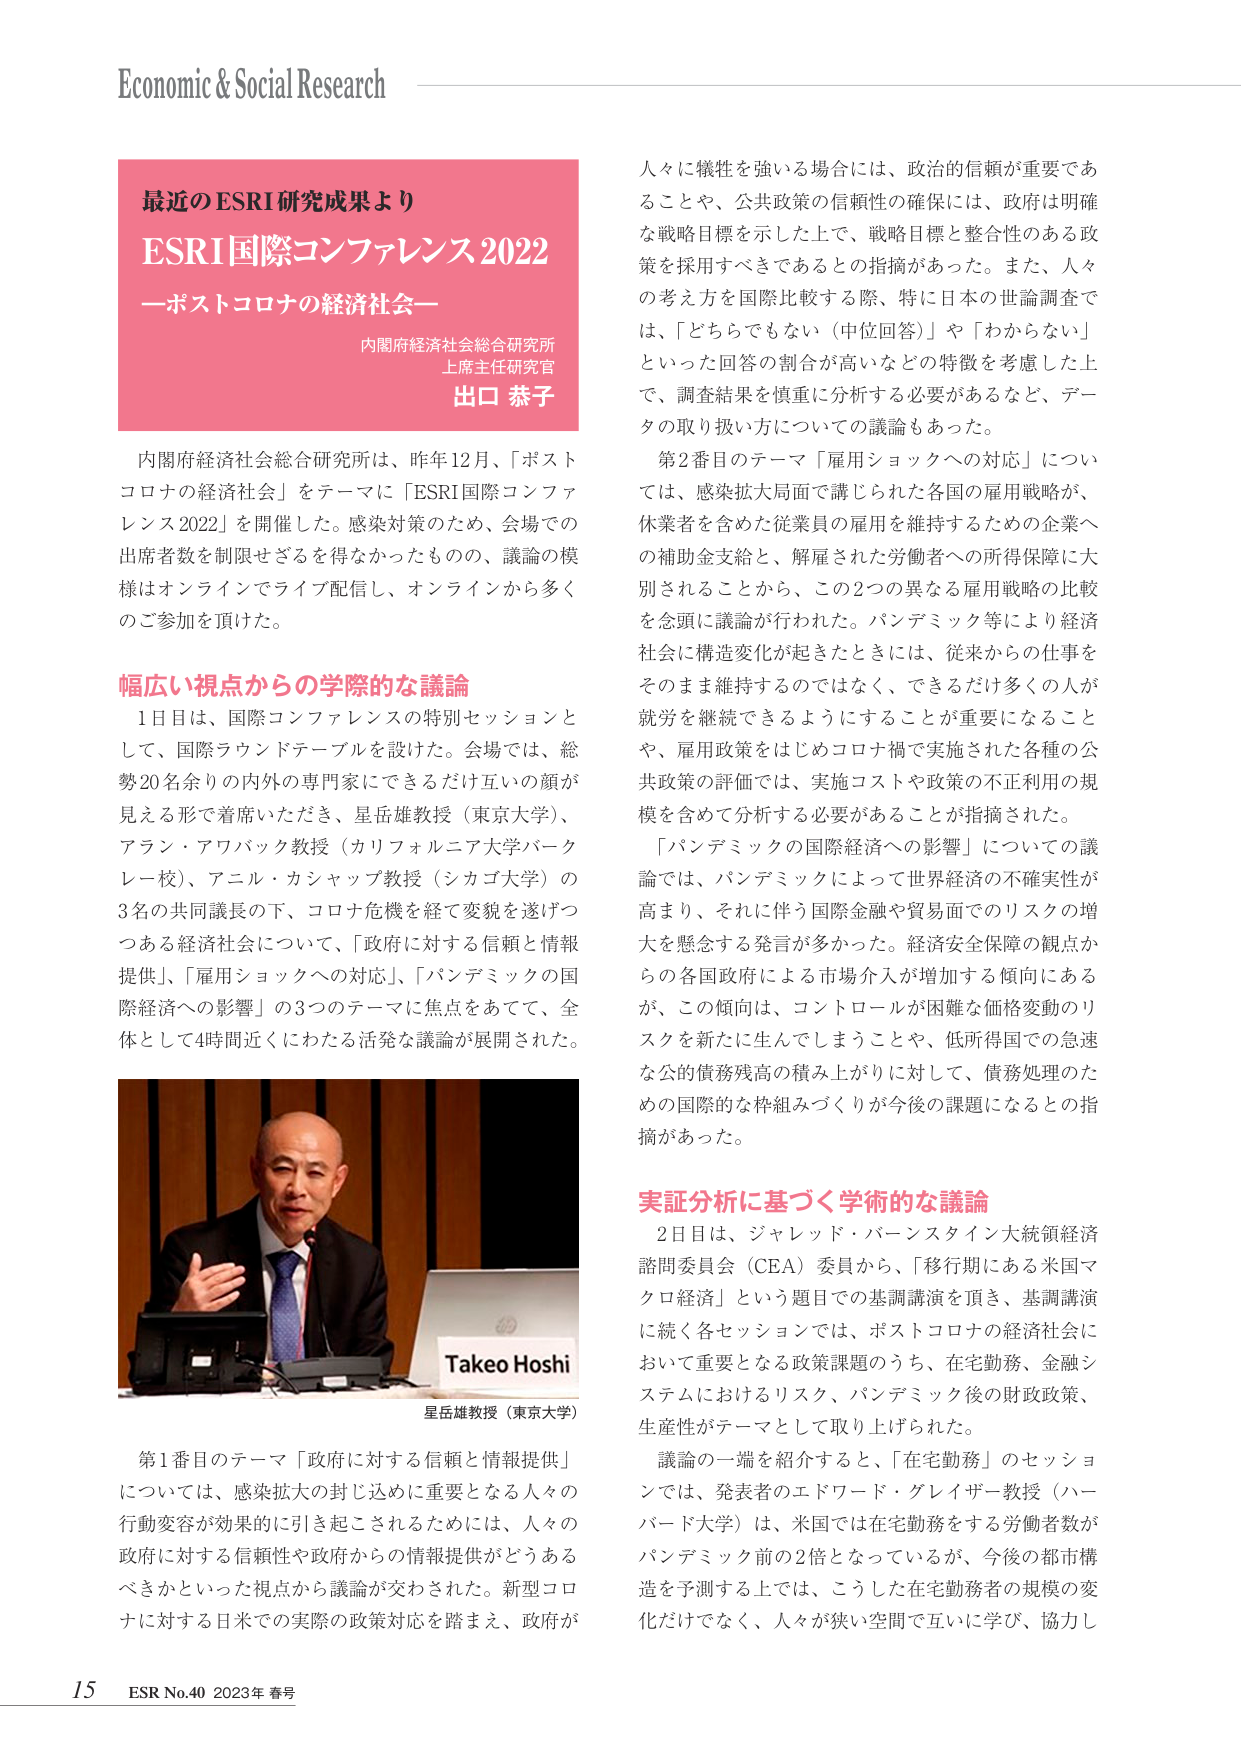
Economic & Social Research

最近のESRI研究成果より
ESRI国際コンファレンス2022
—ポストコロナの経済社会—

内閣府経済社会総合研究所
上席主任研究官
出口 恭子

内閣府経済社会総合研究所は、昨年12月、「ポストコロナの経済社会」をテーマに「ESRI国際コンファレンス2022」を開催した。感染対策のため、会場での出席者数を制限せざるを得なかったものの、議論の模様はオンラインでライブ配信し、オンラインから多くのご参加を頂けた。

幅広い視点からの学際的な議論

1日目は、国際コンファレンスの特別セッションとして、国際ラウンドテーブルを設けた。会場では、総勢20名余りの内外の専門家にできるだけ互いの顔が見える形で着席いただき、星岳雄教授（東京大学）、アラン・アワバック教授（カリフォルニア大学バークレー校）、アニル・カシャップ教授（シカゴ大学）の3名の共同議長の下、コロナ危機を経て変貌を遂げつつある経済社会について、「政府に対する信頼と情報提供」、「雇用ショックへの対応」、「パンデミックの国際経済への影響」の3つのテーマに焦点をあてて、全体として4時間近くにわたる活発な議論が展開された。

Takeo Hoshi
星岳雄教授（東京大学）

第1番目のテーマ「政府に対する信頼と情報提供」については、感染拡大の封じ込めに重要となる人々の行動変容が効果的に引き起こされるためには、人々の政府に対する信頼性や政府からの情報提供がどうあるべきかといった視点から議論が交わされた。新型コロナに対する日米での実際の政策対応を踏まえ、政府が

人々に犠牲を強いる場合には、政治的信頼が重要であることや、公共政策の信頼性の確保には、政府は明確な戦略目標を示した上で、戦略目標と整合性のある政策を採用すべきであるとの指摘があった。また、人々の考え方を国際比較する際、特に日本の世論調査では、「どちらでもない（中立回答）」や「わからない」といった回答の割合が高いなどの特徴を考慮した上で、調査結果を慎重に分析する必要があるなど、データの取り扱い方についての議論もあった。

第2番目のテーマ「雇用ショックへの対応」については、感染拡大局面で講じられた各国の雇用戦略が、休業者を含めた従業員の雇用を維持するための企業への補助金支給と、解雇された労働者への所得保障に大別されることから、この2つの異なる雇用戦略の比較を念頭に議論が行われた。パンデミック等により経済社会に構造変化が起きたときには、従来からの仕事をそのまま維持するのではなく、できるだけ多くの人が就労を継続できるようにすることが重要になることや、雇用政策をはじめコロナ禍で実施された各種の公共政策の評価では、実施コストや政策の不正利用の規模を含めて分析する必要があることが指摘された。

「パンデミックの国際経済への影響」についての議論では、パンデミックによって世界経済の不確実性が高まり、それに伴う国際金融や貿易面でのリスクの増大を懸念する発言が多かった。経済安全保障の観点からの各国政府による市場介入が増加する傾向にあるが、この傾向は、コントロールが困難な価格変動のリスクを新たに生んでしまうことや、低所得国での急速な公的債務残高の積み上がりに対して、債務処理のための国際的な枠組みづくりが今後の課題になるとの指摘があった。

実証分析に基づく学術的な議論

2日目は、ジャレッド・バーンスタイン大統領経済諮問委員会（CEA）委員から、「移行期にある米国マクロ経済」という題目での基調講演を頂き、基調講演に続く各セッションでは、ポストコロナの経済社会において重要となる政策課題のうち、在宅勤務、金融システムにおけるリスク、パンデミック後の財政政策、生産性がテーマとして取り上げられた。

議論の一端を紹介すると、「在宅勤務」のセッションでは、発表者のエドワード・グレイザー教授（ハーバード大学）は、米国では在宅勤務をする労働者数がパンデミック前の2倍となっているが、今後の都市構造を予測する上では、こうした在宅勤務者の規模の変化だけでなく、人々が狭い空間で互いに学び、協力し

15 ESR No.40 2023年 春号